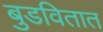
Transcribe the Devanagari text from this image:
बुडवितात